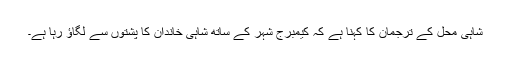
شاہی محل کے ترجمان کا کہنا ہے کہ کیمبرج شہر کے ساتھ شاہی خاندان کا پشتوں سے لگاؤ رہا ہے۔